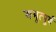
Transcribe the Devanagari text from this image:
अभूत्पूर्व